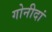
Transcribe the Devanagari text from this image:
गोनीदां